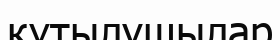
құтылушылар